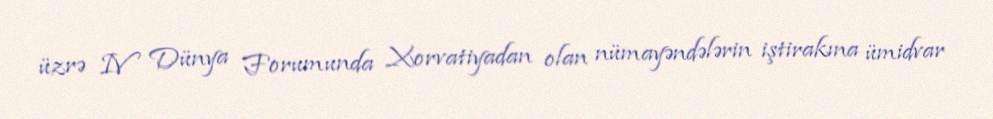
üzrə IV Dünya Forumunda Xorvatiyadan olan nümayəndələrin iştirakına ümidvar